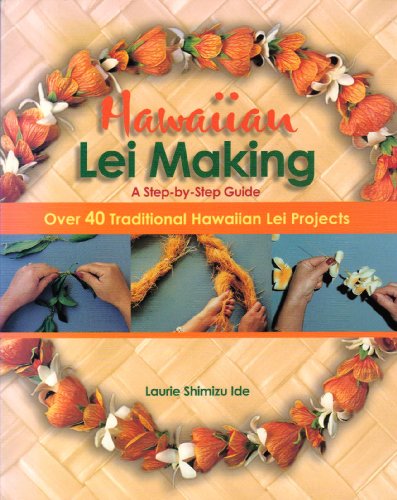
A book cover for Hawaiian Lei Making; Laurie Ide; Crafts, Hobbies & Home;